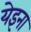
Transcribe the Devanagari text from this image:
येइना